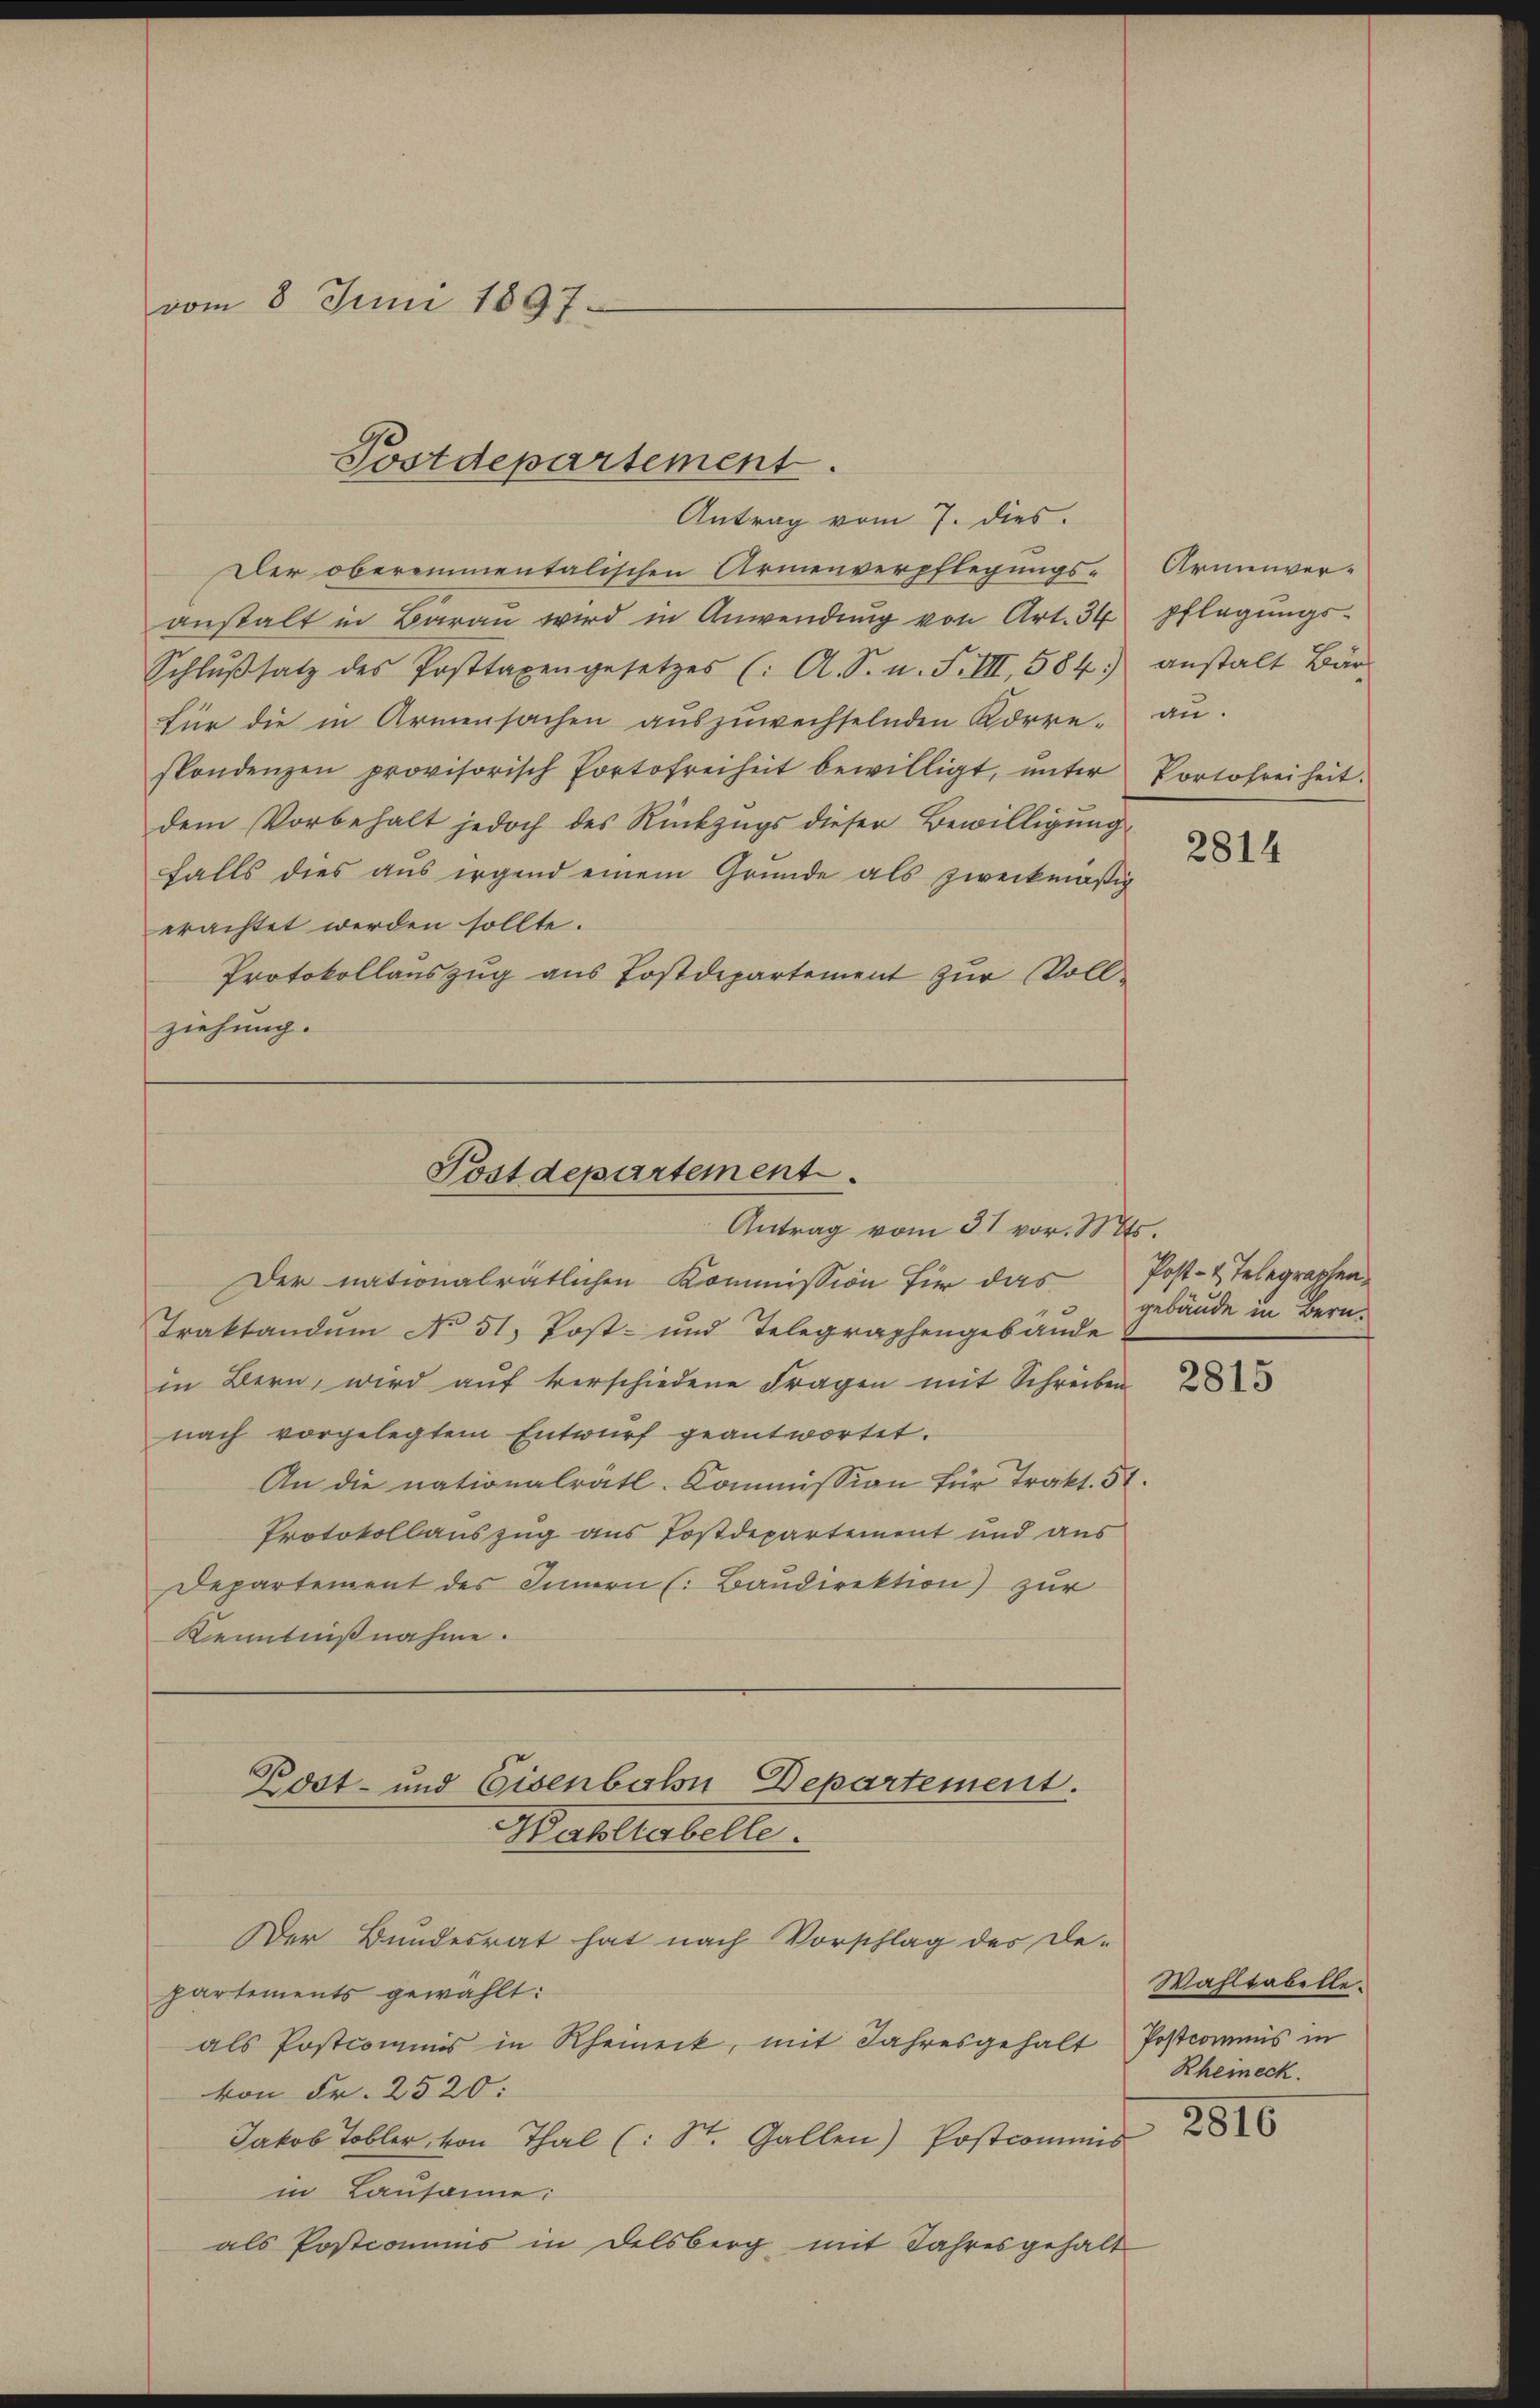
vom 8 Juni 1897.

Postdepartement.

Antrag vom 7. dies.
Der obereimentalischen Armenverpflegungs-Armenver-
anstalt in Baraŭ wird in Anwendŭng von Art. 34 pflegŭngs-
Schlŭβsatz des Posttaxengesetzes (: A. S. n. F. III, 584.) anstalt Bär
für die in Armensachen aŭszŭwechselnden Korre- aŭ.
spondenzen provisorisch Portofreiheit bewilligt, ŭnter Portofreiheit.
dem Vorbehalt jedoch des Rückzugs dieser Bewilligung
falls dies aus irgend einem Gründe als zweckmäßig
erachtet werden sollte.
Protokollauszug aus Postdepartement zŭr Voll-
ziehung.

Postdepartement.
Antrag vom 31 vor. Mts.

Der nationalrätlichen Kommission für das Post- & Telegraphen-
Traktandŭm No 51. Post- und Telegraphengebäŭde.
in Bern, wird auf verschiedene Fragen mit Schreiben
nach vorgelegtem Entwŭrf geantwortet.
An die nationalrätl. Commission für Trakt. 51.
Protokollauszug aus Postdepartement und aus
Departement des Innern (Baudirektion) zur
Kenntnißnahme.
Kost- und Eisenbahn Departement.
Wahllabelle.
Der Bundesrat hat nach Vorschlag des De-
partements gewählt:
als Postcommis in Rheineck, mit Jahresgehalt Postcommis in
von Fr. 2520:
Jakob Tobler, von Thal (: St. Gallen) Postcommis
in Lausanne:
als Postcommis in Delsberg mit Jahresgehalt

2814

gebäude in Bern.

2815

Wahltabelle.
Rheineck.
2816